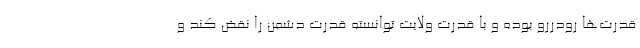
قدرت‌ها رودررو بوده و با قدرت ولایت توانسته قدرت دشمن را نقض کند و